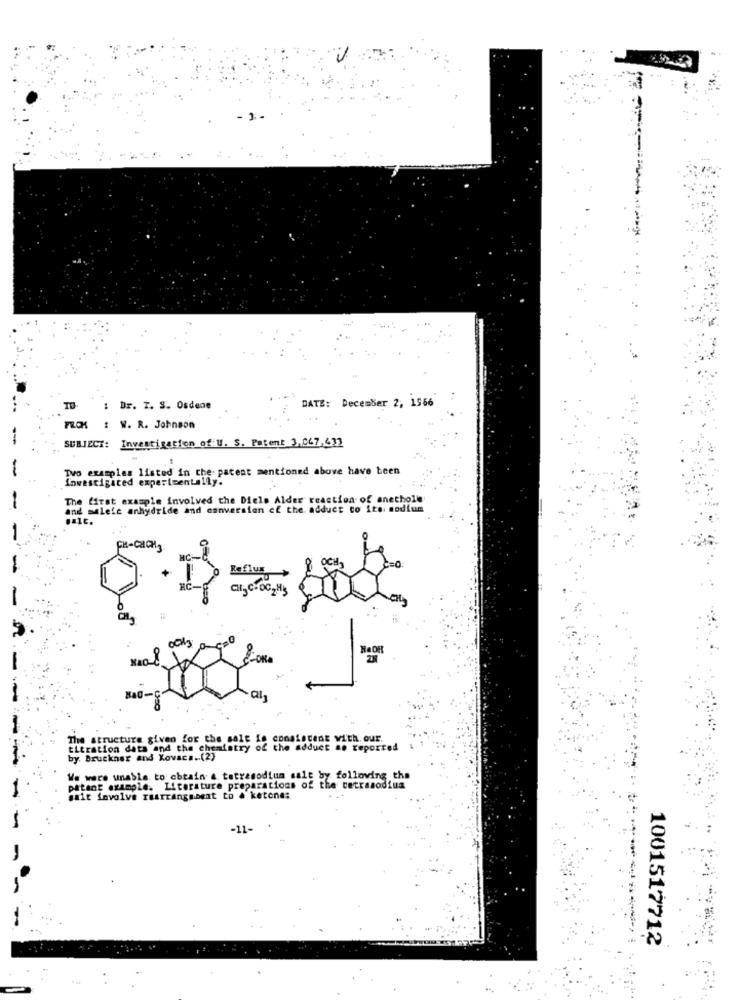
DATE: December 2, 1566
Dr. T. S. Osdene
FCK : W. R. Johnson
SUBJECT: Investigation of U. S. Patent 3,047,433
Two examples listed in the: patent mentioned above have been
inwescigited experimentally.
The first example involved the Diels Alder reaction of anetholle
and malete anhydride and canversion of the adduct to ite sodium
CH-CHCH3
Reflux
CH- CHOC2 HS
CHA
The structure given for the sale is consistent with. our.
ELtration data and the chemistry of the adduct ao reported
by Bruckner and Kovac ... (2)
We were unable to obtain & tetrasodium salt by following the
patant example. Literature preparations of the tetrasodium
sait involve rearrangebent to & ketone:
1001517712